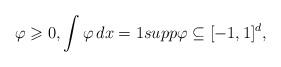
LaTeX: \begin{align*} \varphi\geqslant0, \int\varphi\,dx=1 supp\varphi\subseteq[-1,1]^d,\end{align*}